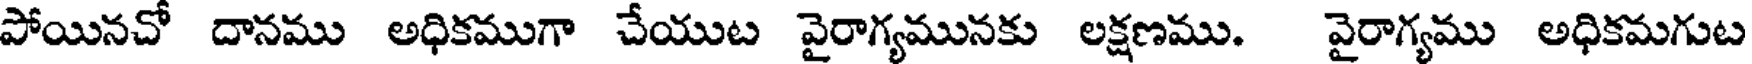
పోయినచో దానము అధికముగా చేయుట వైరాగ్యమునకు లక్షణము. వైరాగ్యము అధికమగుట